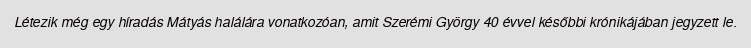
Létezik még egy híradás Mátyás halálára vonatkozóan, amit Szerémi György 40 évvel későbbi krónikájában jegyzett le.